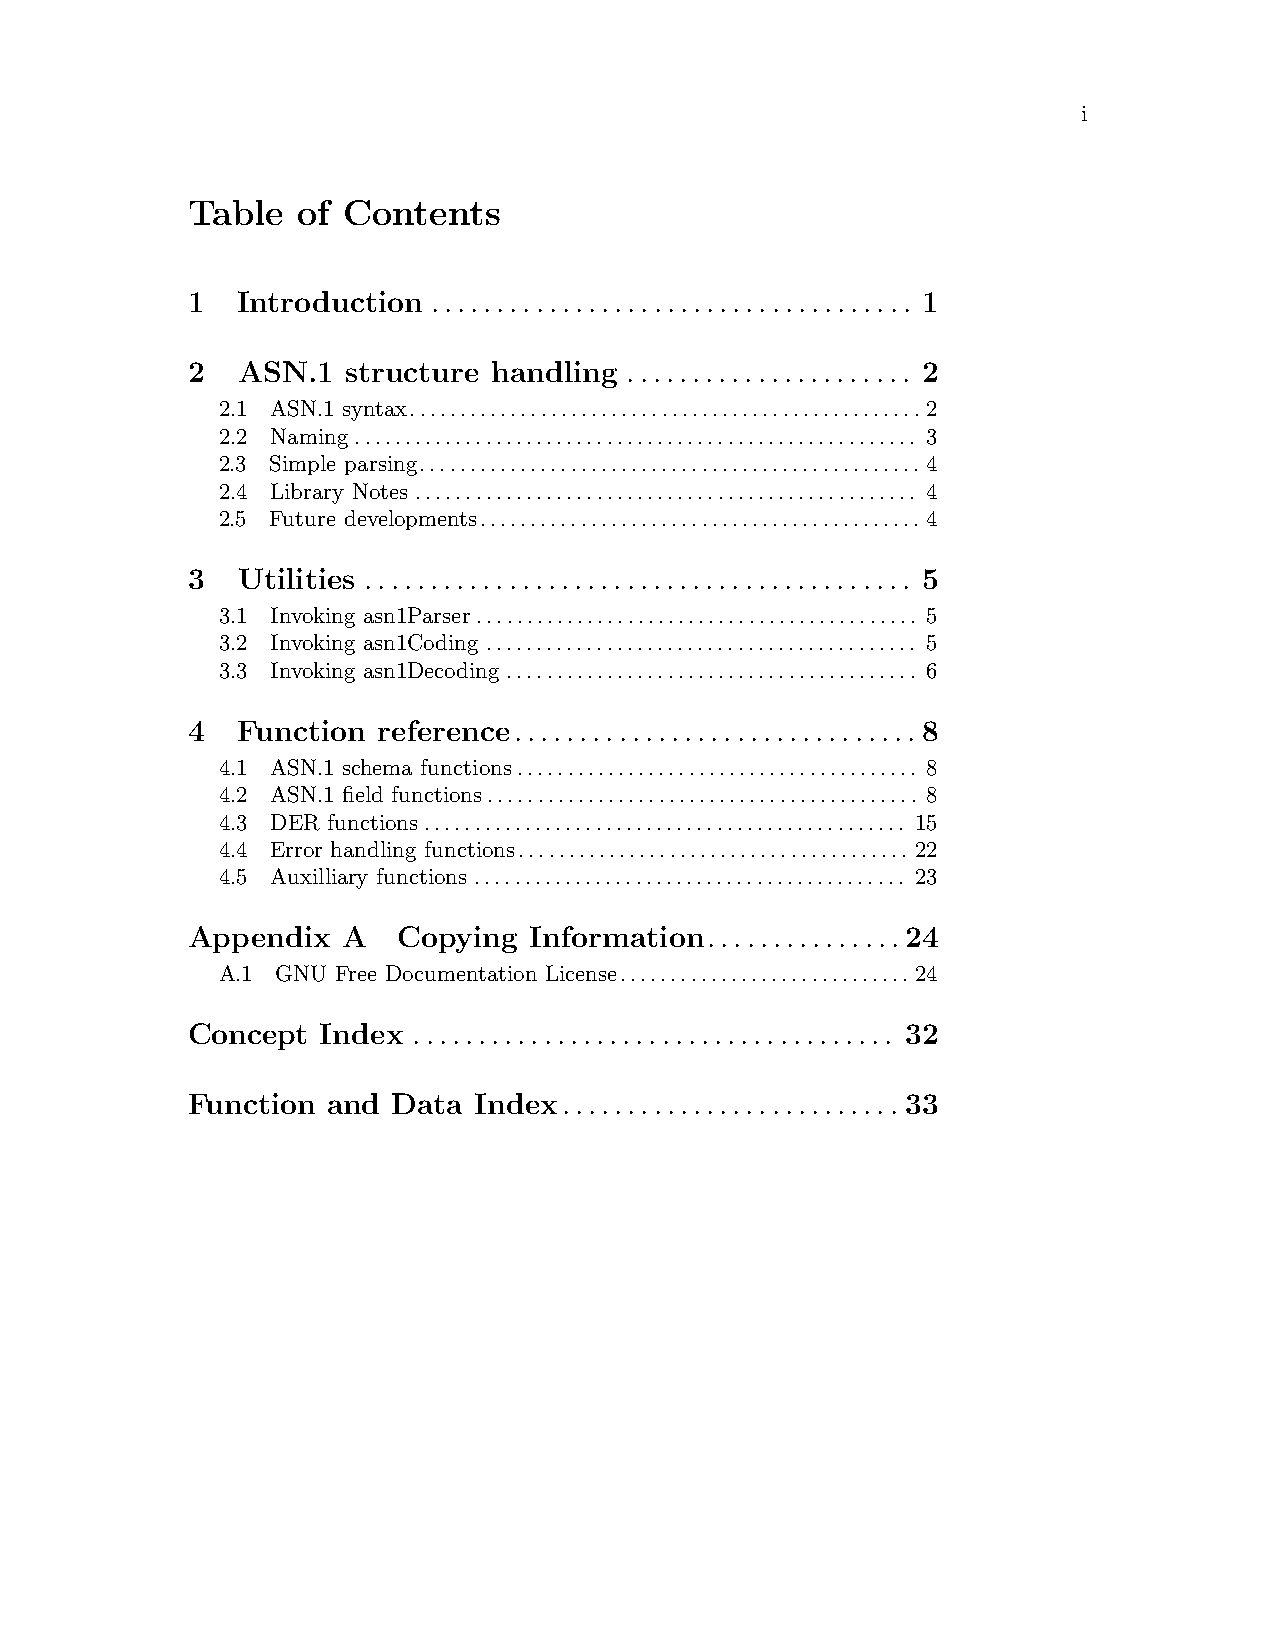
i
 Table   of Contents
 1   Introduction ..................................... 1
 2   ASN.1  structure handling ...................... 2
 2.1 ASN.1 syntax...................................................2
 2.2 Naming ........................................................ 3
 2.3 Simple parsing..................................................4
 2.4 Library Notes .................................................. 4
 2.5 Future developments............................................4
 3   Utilities .......................................... 5
 3.1 Invoking asn1Parser............................................ 5
 3.2 Invoking asn1Coding ........................................... 5
 3.3 Invoking asn1Decoding......................................... 6
 4   Function reference............................... 8
 4.1 ASN.1 schema functions........................................ 8
 4.2 ASN.1 field functions........................................... 8
 4.3 DER functions................................................ 15
 4.4 Error handling functions....................................... 22
 4.5 Auxilliary functions ........................................... 23
 Appendix   A  Copying  Information...............24
 A.1 GNU Free Documentation License.............................24
 Concept  Index ..................................... 32
 Function  and Data Index.......................... 33